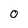
Character: 0